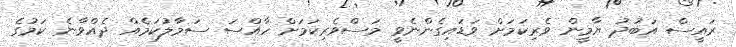
ރައީސް އަބުދު ޔާމީން ވެރިކަމަށް ވަޑައިގެންނެވީ މަސްވެރިކަމަށް ހާއްސަ ސަމާލުކަމެއް ދެއްވާނެ ކަމުގެ